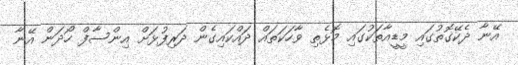
އޭނާ ދެކޭގޮތުގައި މީޑީއާތަކުގައި މޮޅެތި ވާހަކަތައް ދައްކައިގެން ދަރިފުޅަށް އިންސާފް ހޯދަން އޭނާ